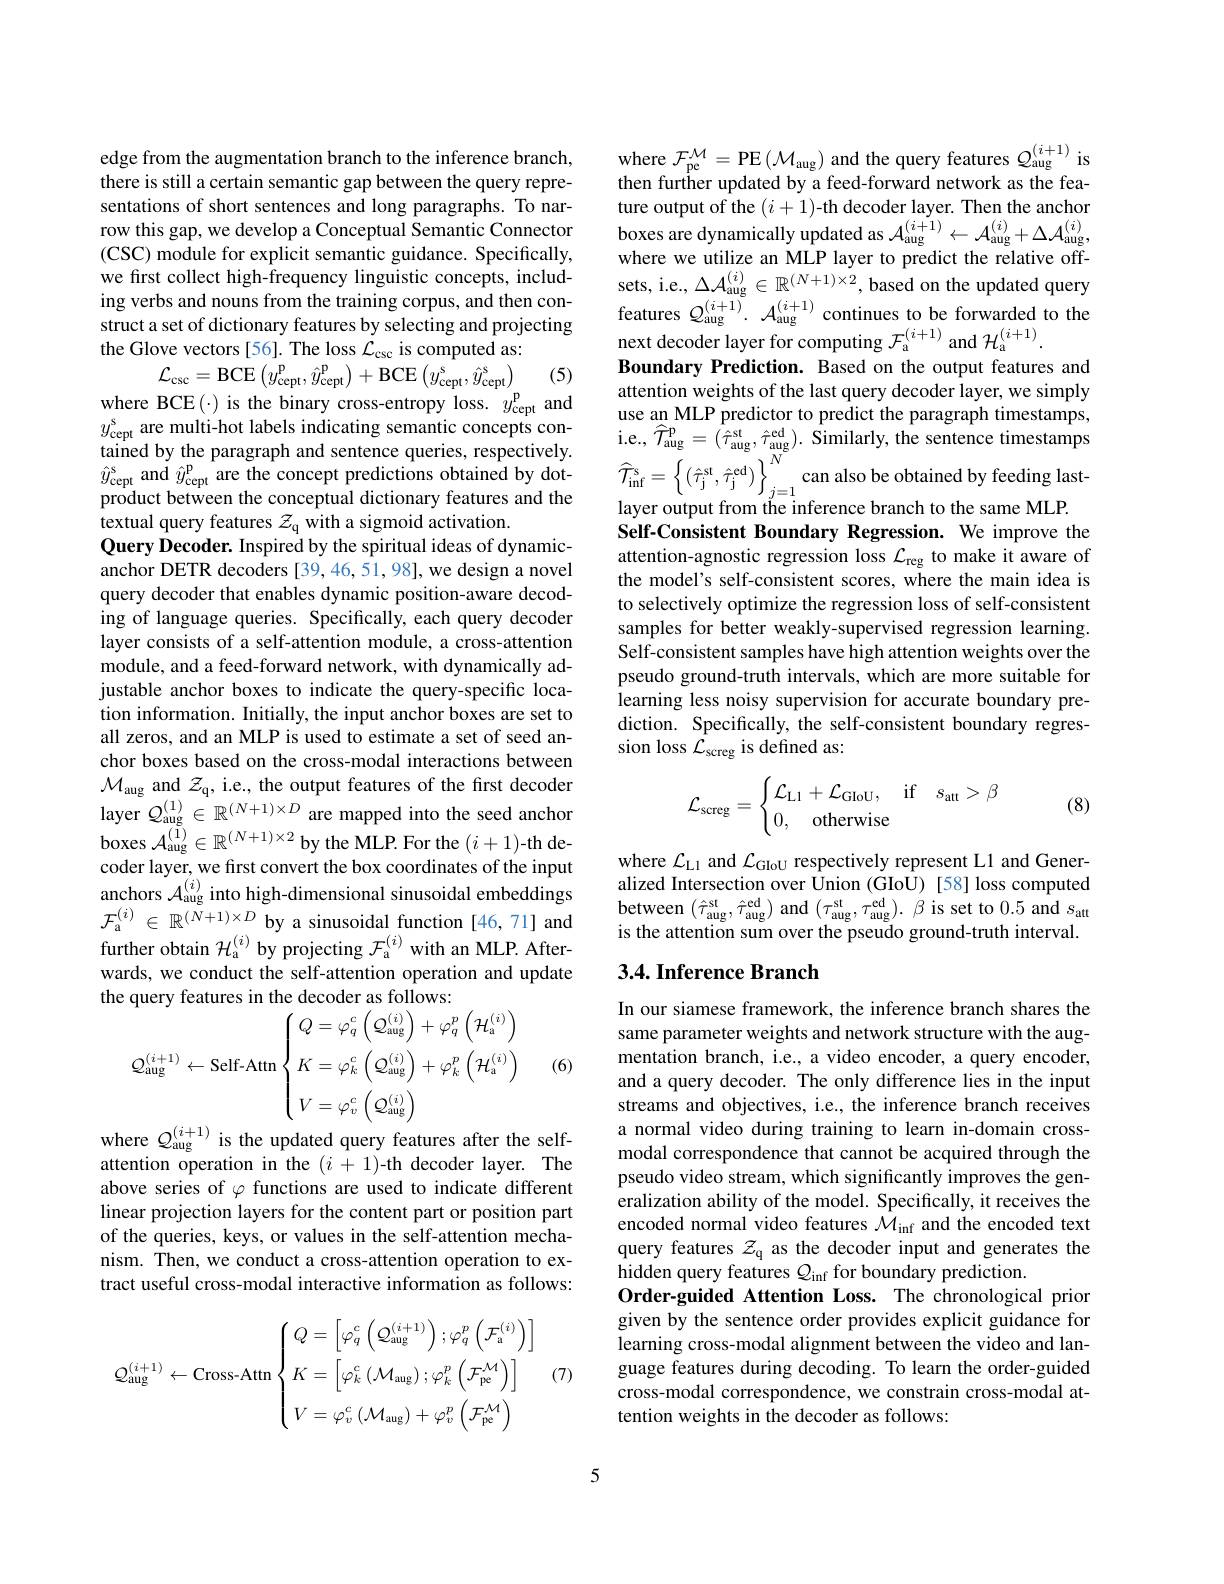
edge from the augmentation branch to the inference branch, there is still a certain semantic gap between the query representations of short sentences and long paragraphs. To narrow this gap, we develop a Conceptual Semantic Connector (CSC) module for explicit semantic guidance. Specifically, we first collect high-frequency linguistic concepts, including verbs and nouns from the training corpus, and then construct a set of dictionary features by selecting and projecting the Glove vectors[56]. The loss $\mathcal{L}_{\mathrm{csc}}$ is computed as:
$$\mathcal{L}_{\mathrm{csc}}=\mathrm{BCE}\left(y_{\mathrm{cept}}^{\mathrm{p}},\hat{y}_{\mathrm{cept}}^{\mathrm{p}}\right)+\mathrm{BCE}\left(y_{\mathrm{cept}}^{\mathrm{s}},\hat{y}_{\mathrm{cept}}^{\mathrm{s}}\right)$$
(5)

tained by the paragraph and sentence queries, respectively. $\hat{y}_{\mathrm{cept}}^{\mathrm{s}}$ and $\hat{y}_\mathrm{cept}^\mathrm{p}$ are the concept predictions obtained by dotproduct between the conceptual dictionary features and the textual query features $z_\mathrm{q}$ with a sigmoid activation.
Query Decoder. Inspired by the spiritual ideas of dynamicanchor DETR decoders [39,46,51,98],we design a novel query decoder that enables dynamic position-aware decoding of language queries. Specifically, each query decoder layer consists of a self-attention module, a cross-attention module, and a feed-forward network, with dynamically adjustable anchor boxes to indicate the query-specific location information. Initially, the input anchor boxes are set to all zeros, and an MLP is used to estimate a set of seed anchor boxes based on the cross-modal interactions between $\mathcal{M} _{\mathrm{aug~and~}}\mathcal{Z} _{\mathrm{q} }$,i. e. , the output features of the first decoder layer $\mathcal{Q} _{\mathrm{aug}}^{( 1) }\in \mathbb{R} ^{( N+ 1) \times D}$ are mapped into the seed anchor boxes $\mathcal{A}_\mathrm{aug}^{(1)}\in\mathbb{R}^{(N+1)\times2}$ by the MLP. For the $(i+1)$-th decoder layer, we first convert the box coordinates of the input anchors $\mathcal{A}_\mathrm{aug}^{(i)}$ into high-dimensional sinusoidal embeddings $\mathcal{F}_{\mathrm{a}}^{(i)}\in\mathbb{R}^{(N+1)\times D}$by a sinusoidal function[46,71] and further obtain $\mathcal{H}_{\mathrm{a}}^{(i)}$ by projecting $\mathcal{F}_{\mathrm{a}}^{(i)}$ with an MLP. Afterwards, we conduct the self-attention operation and update
$$\begin{aligned}&\text{e quely reatures in une uecouel as lonlows.}\\&\mathcal{Q}_{\mathrm{aug}}^{(i+1)}\leftarrow\text{Self-Attn}\begin{cases}Q=\varphi_{q}^{c}\left(\mathcal{Q}_{\mathrm{aug}}^{(i)}\right)+\varphi_{q}^{p}\left(\mathcal{H}_{\mathrm{a}}^{(i)}\right)\\K=\varphi_{k}^{c}\left(\mathcal{Q}_{\mathrm{aug}}^{(i)}\right)+\varphi_{k}^{p}\left(\mathcal{H}_{\mathrm{a}}^{(i)}\right)\\V=\varphi_{v}^{c}\left(\mathcal{Q}_{\mathrm{aug}}^{(i)}\right)\end{cases}\\\end{aligned}$$
(6)

where $Q_{\mathrm{aug}}^{(i+1)}$ is the updated query features after the self-

attention operation in the $(i+1)$-th decoder layer.The above series of $\varphi$ functions are used to indicate different linear projection layers for the content part or position part of the queries, keys, or values in the self-attention mechanism. Then, we conduct a cross-attention operation to extract useful cross-modal interactive information as follows:

(7)
$$Q_{\mathrm{aug}}^{(i+1)}\leftarrow\text{Cross-Attn}\begin{cases}Q=\left[\varphi_{q}^{c}\left(\mathcal{Q}_{\mathrm{aug}}^{(i+1)}\right);\varphi_{q}^{p}\left(\mathcal{F}_{\mathrm{a}}^{(i)}\right)\right]\\K=\left[\varphi_{k}^{c}\left(\mathcal{M}_{\mathrm{aug}}\right);\varphi_{k}^{p}\left(\mathcal{F}_{\mathrm{pe}}^{\mathcal{M}}\right)\right]\\V=\varphi_{v}^{c}\left(\mathcal{M}_{\mathrm{aug}}\right)+\varphi_{v}^{p}\left(\mathcal{F}_{\mathrm{pe}}^{\mathcal{M}}\right)\end{cases}$$
where $\mathcal{F}_\mathrm{pe}^{\mathcal M}=$PE$\left(\mathcal{M}_\mathrm{aug}\right)$ and the query features $\mathcal{Q}_\mathrm{aug}^{(i+1)}$ is then further updated by a feed-forward network as the feature output of the $(i+1)$-th decoder layer. Then the anchor boxes are dynamically updated as $\mathcal{A}_\mathrm{aug}^{(i+1)}\leftarrow\mathcal{A}_\mathrm{aug}^{(i)}+\Delta\mathcal{A}_\mathrm{aug}^{(i)}$, where we utilize an MLP layer to predict the relative off- $\begin{array}{l}\mathrm{sets,~i.e.,~}\Delta\mathcal{A}_{\mathrm{aug}}^{(i)}\in\mathbb{R}^{(N+1)\times2},\text{based on the updated query}\\\mathrm{features~}\mathcal{Q}_{\mathrm{aug}}^{(i+1)}.~\mathcal{A}_{\mathrm{aug}}^{(i+1)}~\mathrm{continues~to~be~forwarded~to~the}\end{array}$ next decoder layer for computing $\mathcal{F}_{\mathrm{a}}^{(i+1)}$ and $\mathcal{H}_{\mathrm{a}}^{(i+1)}.$
Boundary Prediction. Based on the output features and attention weights of the last query decoder layer, we simply use an MLP predictor to predict the paragraph timestamps, i.e., $\widehat{\mathcal T}_{\mathrm{aug}}^{\mathrm{p}}=(\hat{\tau}_{\mathrm{aug}}^{\mathrm{st}},\hat{\tau}_{\mathrm{aug}}^{\mathrm{ed}}).$ Similarly, the sentence timestamps $\widehat{\mathcal{T}}_{\mathrm{inf}}^{\mathrm{s}}=\left\{(\hat{\tau}_{\mathrm{j}}^{\mathrm{st}},\hat{\tau}_{\mathrm{j}}^{\mathrm{ed}})\right\}_{j=1}^{N}$can also be obtained by feeding last layer output from the inference branch to the same MLP. Self-Consistent Boundary Regression. We improve the attention-agnostic regression loss $\mathcal{L}_\mathrm{reg}$ to make it aware of the model's self-consistent scores, where the main idea is to selectively optimize the regression loss of self-consistent samples for better weakly-supervised regression learning. Self-consistent samples have high attention weights over the pseudo ground-truth intervals, which are more suitable for learning less noisy supervision for accurate boundary prediction. Specifically, the self-consistent boundary regression loss $\mathcal{L}_\mathrm{screg}$ is defined as:
$$\mathcal{L}_{\text{screg}}=\begin{cases}\mathcal{L}_{\text{L}1}+\mathcal{L}_{\text{GIoU}},\quad\text{if}\quad s_{\text{att}}>\beta\\0,\quad\text{otherwise}\end{cases}$$
(8)

where $\mathcal{L}_\mathrm{L1}$ and $\mathcal{L}_\mathrm{GIoU}$ respectively represent L1 and Generalized Intersection over Union (GIoU) [58] loss computed between $(\hat{\tau}_{\mathrm{aug}}^{\mathrm{st}},\hat{\tau}_{\mathrm{aug}}^{\mathrm{ed}})$ and $(\tau_{\mathrm{aug}}^{\mathrm{st}},\tau_{\mathrm{aug}}^{\mathrm{ed}}).\beta$ is set to 0.5 and $s_\mathrm{att}$ is the attention sum over the pseudo ground-truth interval

## 3.4. Inference Branch

In our siamese framework, the inference branch shares the same parameter weights and network structure with the augmentation branch, i.e., a video encoder, a query encoder, and a query decoder. The only difference lies in the input streams and objectives, i.e., the inference branch receives a normal video during training to learn in-domain crossmodal correspondence that cannot be acquired through the pseudo video stream, which significantly improves the generalization ability of the model. Specifically, it receives the encoded normal video features $\mathcal{M}_\mathrm{inf}$ and the encoded text query features $\mathcal{Z}_\mathrm{q}$ as the decoder input and generates the hidden query features $Q_\mathrm{inf}$ for boundary prediction
Order-guided Attention Loss. The chronological prior given by the sentence order provides explicit guidance for learning cross-modal alignment between the video and language features during decoding. To learn the order-guided cross-modal correspondence, we constrain cross-modal attention weights in the decoder as follows:

5